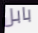
بابل